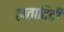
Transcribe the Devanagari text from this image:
लतादिदी